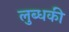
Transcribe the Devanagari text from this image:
लुब्धकी